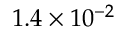
1 . 4 \times 1 0 ^ { - 2 }